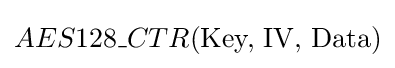
AES128\_CTR({\text{Key, IV, Data}})